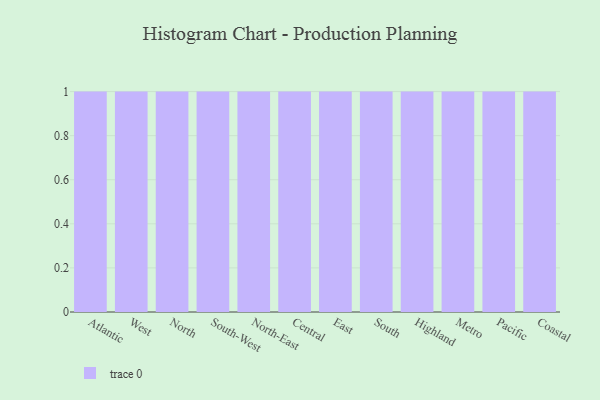
{"axis": {"x": "Region", "y": "Inventory Turnover"}, "legend": [""], "data": [{"x": "Atlantic", "y": 54, "type": ""}, {"x": "West", "y": 52, "type": ""}, {"x": "North", "y": 15, "type": ""}, {"x": "South-West", "y": 11, "type": ""}, {"x": "North-East", "y": 63, "type": ""}, {"x": "Central", "y": 81, "type": ""}, {"x": "East", "y": 61, "type": ""}, {"x": "South", "y": 30, "type": ""}, {"x": "Highland", "y": 30, "type": ""}, {"x": "Metro", "y": 69, "type": ""}, {"x": "Pacific", "y": 88, "type": ""}, {"x": "Coastal", "y": 78, "type": ""}]}